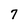
Character: 7